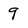
Character: 9